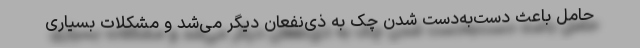
حامل باعث دست‌به‌دست شدن چک به ذی‌نفعان دیگر می‌شد و مشکلات بسیاری